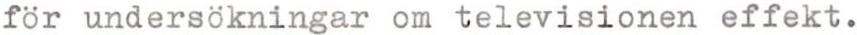
for undersökningar om televisionen effekt.